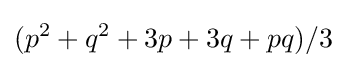
(p^{2}+q^{2}+3p+3q+pq)/3